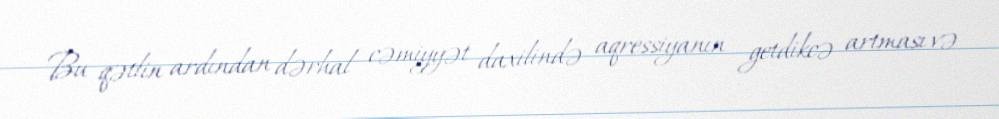
Bu qətlin ardından dərhal cəmiyyət daxilində aqressiyanın getdikcə artması və